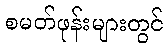
စမတ်ဖုန်းများတွင်